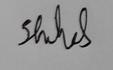
Signature authenticity: genuine